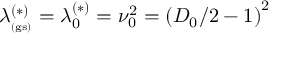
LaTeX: \lambda _ { _ \mathrm { ( g s ) } } ^ { ( \ast ) } = \lambda _ { 0 } ^ { ( \ast ) } = \nu _ { 0 } ^ { 2 } = \left( D _ { 0 } / 2 - 1 \right) ^ { 2 } \;